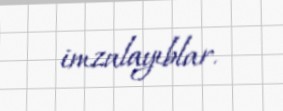
imzalayıblar.